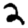
Digit: 2